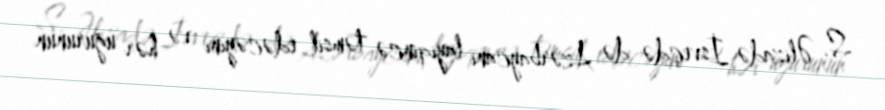
S. Əlizadə İsveçdə də Azərbaycanı layiqincə təmsil edəcəyini və hər uğurunun